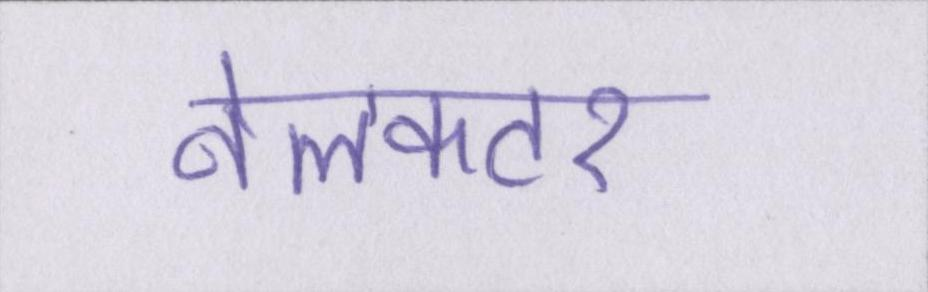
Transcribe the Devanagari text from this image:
नेलकटर